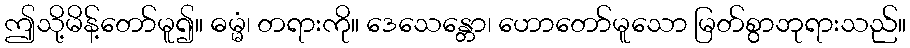
ဤသို့မိန့်တော်မူ၍။ ဓမ္မံ၊ တရားကို။ ဒေသေန္တော၊ ဟောတော်မူသော မြတ်စွာဘုရားသည်။